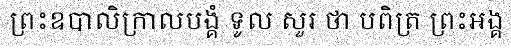
ព្រះឧបាលិក្រាលបង្គំ ទូល សួរ ថា បពិត្រ ព្រះអង្គ